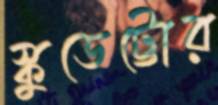
স্কুডেট্টোর